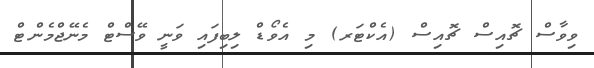
ވިވާސް ޗޮއިސް ޗޮއިސް (އެކްޓަރ) މި އެވޯޑް ލިބިފައި ވަނީ ވޭސްޓް މެނޭޖްމެންޓް